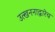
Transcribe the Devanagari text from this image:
उत्खननाद्वारेच